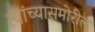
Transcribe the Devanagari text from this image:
त्यांच्यासमोरील